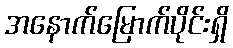
အနောက်မြောက်ပိုင်းရှိ